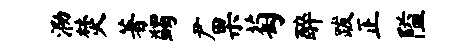
泐焚著蠲尹果萄醉跋正隘